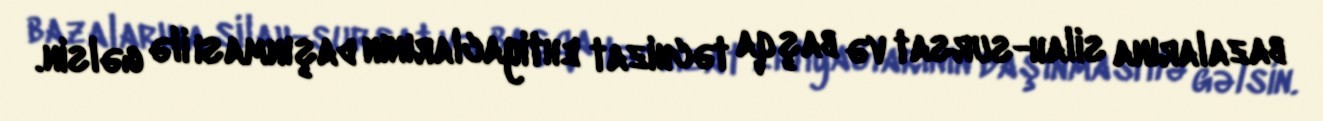
bazalarına silah-sursat və başqa təchizat ehtiyaclarının daşınması ilə gəlsin.